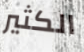
الكثير